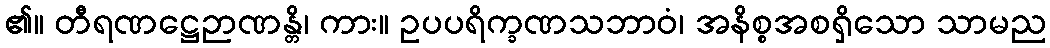
၏။ တီရဏဋ္ဌေဉာဏန္တိ၊ ကား။ ဥပပရိက္ခဏသဘာဝံ၊ အနိစ္စအစရှိသော သာမည